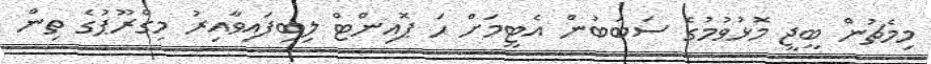
މިމެޗުން ބީޖީ މޮޅުވުމުގެ ސަބަބުން އެޓީމަށް ހަ ޕޮއިންޓް ލިބިފައިވާއިރު މިގްރޫޕުގެ ތިން